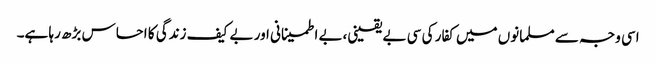
اسی وجہ سے مسلمانوں میں کفار کی سی بے یقینی،بے اطمینانی اور بے کیف زندگی کا احساس بڑھ رہا ہے۔